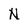
Character: N